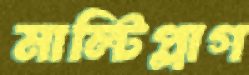
মাল্টিপ্লাগ